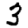
Digit: 3